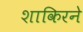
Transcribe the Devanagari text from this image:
शाकिरने